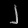
Digit: ၂